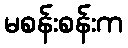
မစန်းစန်းက